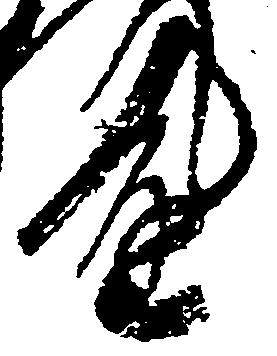
達